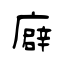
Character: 廦